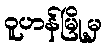
ဝူဟန်မြို့မှ